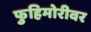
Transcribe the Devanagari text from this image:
फुहिमोरीवर